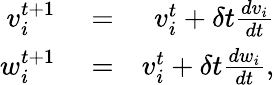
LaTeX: \begin{array}{rlr}{v_{i}^{t+1}}&{{}=}&{v_{i}^{t}+\delta t\frac{dv_{i}}{dt}}\\ {w_{i}^{t+1}}&{{}=}&{v_{i}^{t}+\delta t\frac{dw_{i}}{dt},}\end{array}